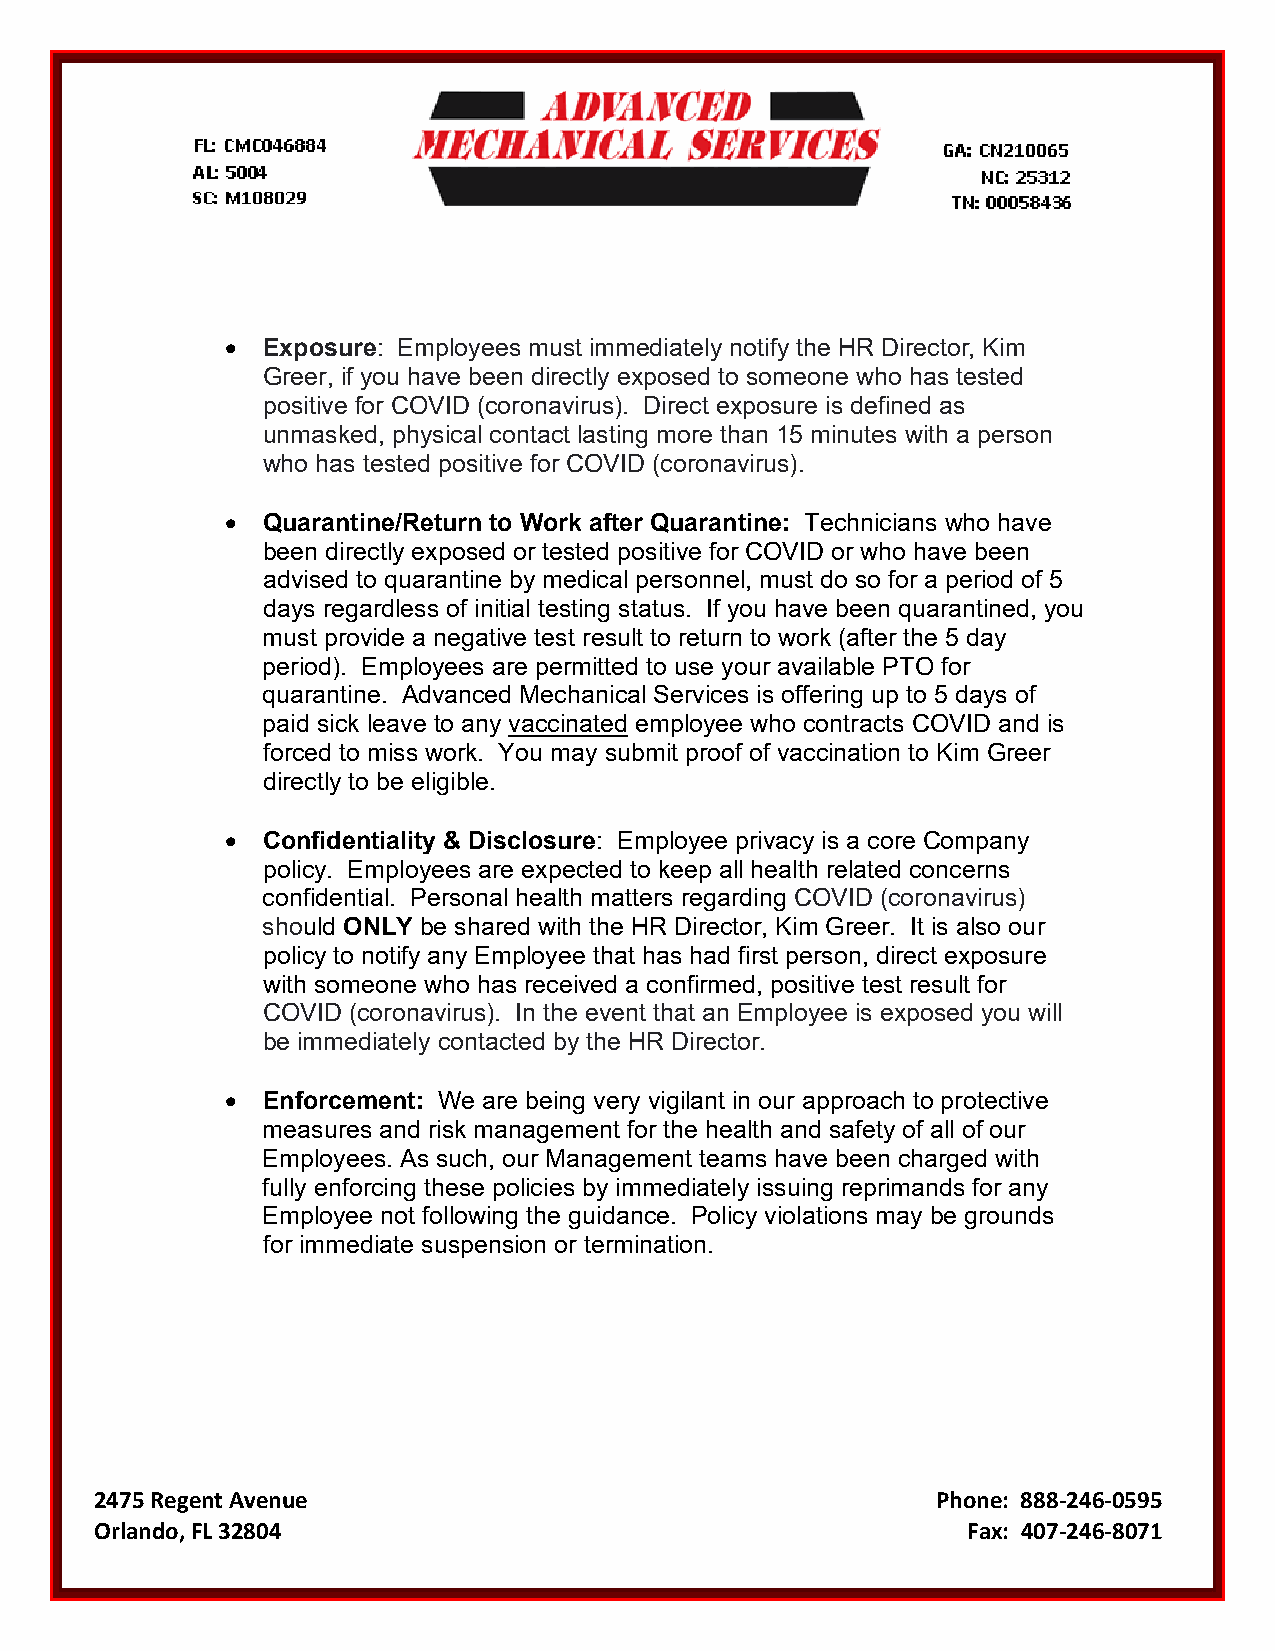
• Exposure: Employees must immediately notify the HR Director, Kim
 Greer, if you have been directly exposed to someone who has tested
 positive for COVID (coronavirus). Direct exposure is defined as
 unmasked, physical contact lasting more than 15 minutes with a person
 who has tested positive for COVID (coronavirus).
 • Quarantine/Return to Work after Quarantine: Technicians who have
 been directly exposed or tested positive for COVID or who have been
 advised to quarantine by medical personnel, must do so for a period of 5
 days regardless of initial testing status. If you have been quarantined, you
 must provide a negative test result to return to work (after the 5 day
 period). Employees are permitted to use your available PTO for
 quarantine. Advanced Mechanical Services is offering up to 5 days of
 paid sick leave to any vaccinated employee who contracts COVID and is
 forced to miss work. You may submit proof of vaccination to Kim Greer
 directly to be eligible.
 • Confidentiality & Disclosure: Employee privacy is a core Company
 policy. Employees are expected to keep all health related concerns
 confidential. Personal health matters regarding COVID (coronavirus)
 should ONLY be shared with the HR Director, Kim Greer. It is also our
 policy to notify any Employee that has had first person, direct exposure
 with someone who has received a confirmed, positive test result for
 COVID (coronavirus). In the event that an Employee is exposed you will
 be immediately contacted by the HR Director.
 • Enforcement: We are being very vigilant in our approach to protective
 measures and risk management for the health and safety of all of our
 Employees. As such, our Management teams have been charged with
 fully enforcing these policies by immediately issuing reprimands for any
 Employee not following the guidance. Policy violations may be grounds
 for immediate suspension or termination.
 2475 Regent Avenue                                      Phone: 888-246-0595
 Orlando, FL 32804                                         Fax: 407-246-8071